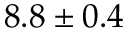
8 . 8 \pm 0 . 4